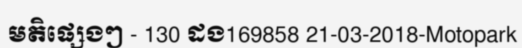
មតិផ្សេងៗ - 130 ដង169858 21-03-2018-Motopark